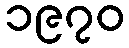
၁၉၇၀